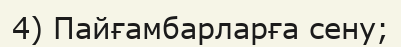
4) Пайғамбарларға сену;